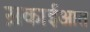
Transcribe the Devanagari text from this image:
स़काईआत